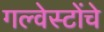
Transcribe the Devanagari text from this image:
गल्वेस्टोंचे